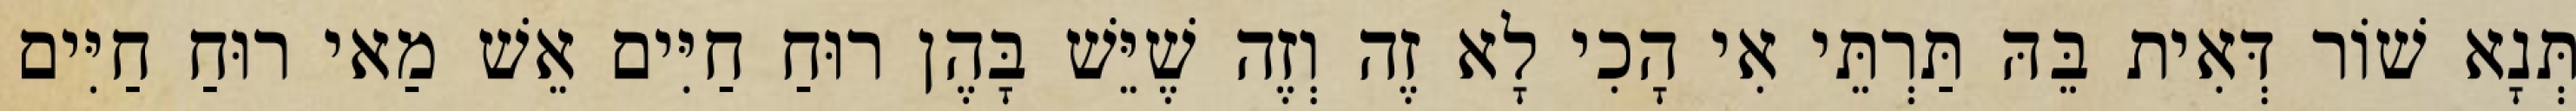
תְּנָא שׁוֹר דְּאִית בֵּהּ תַּרְתֵּי אִי הָכִי לָא זֶה וְזֶה שֶׁיֵּשׁ בָּהֶן רוּחַ חַיִּים אֵשׁ מַאי רוּחַ חַיִּים